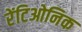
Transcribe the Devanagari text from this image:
रेंटिओनिक